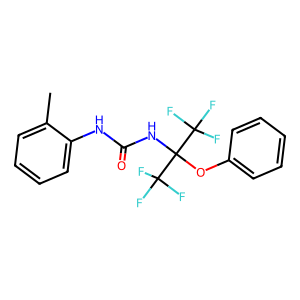
SMILES: Cc1ccccc1NC(=O)NC(Oc1ccccc1)(C(F)(F)F)C(F)(F)F
Inhibits HIV replication: No